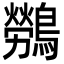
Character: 𮭖